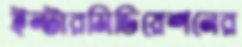
ইন্টারমিডিয়েশনের